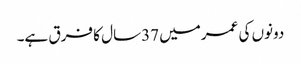
دونوں کی عمرمیں 37سال کا فرق ہے۔